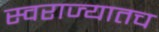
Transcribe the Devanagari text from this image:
स्वराज्यातच